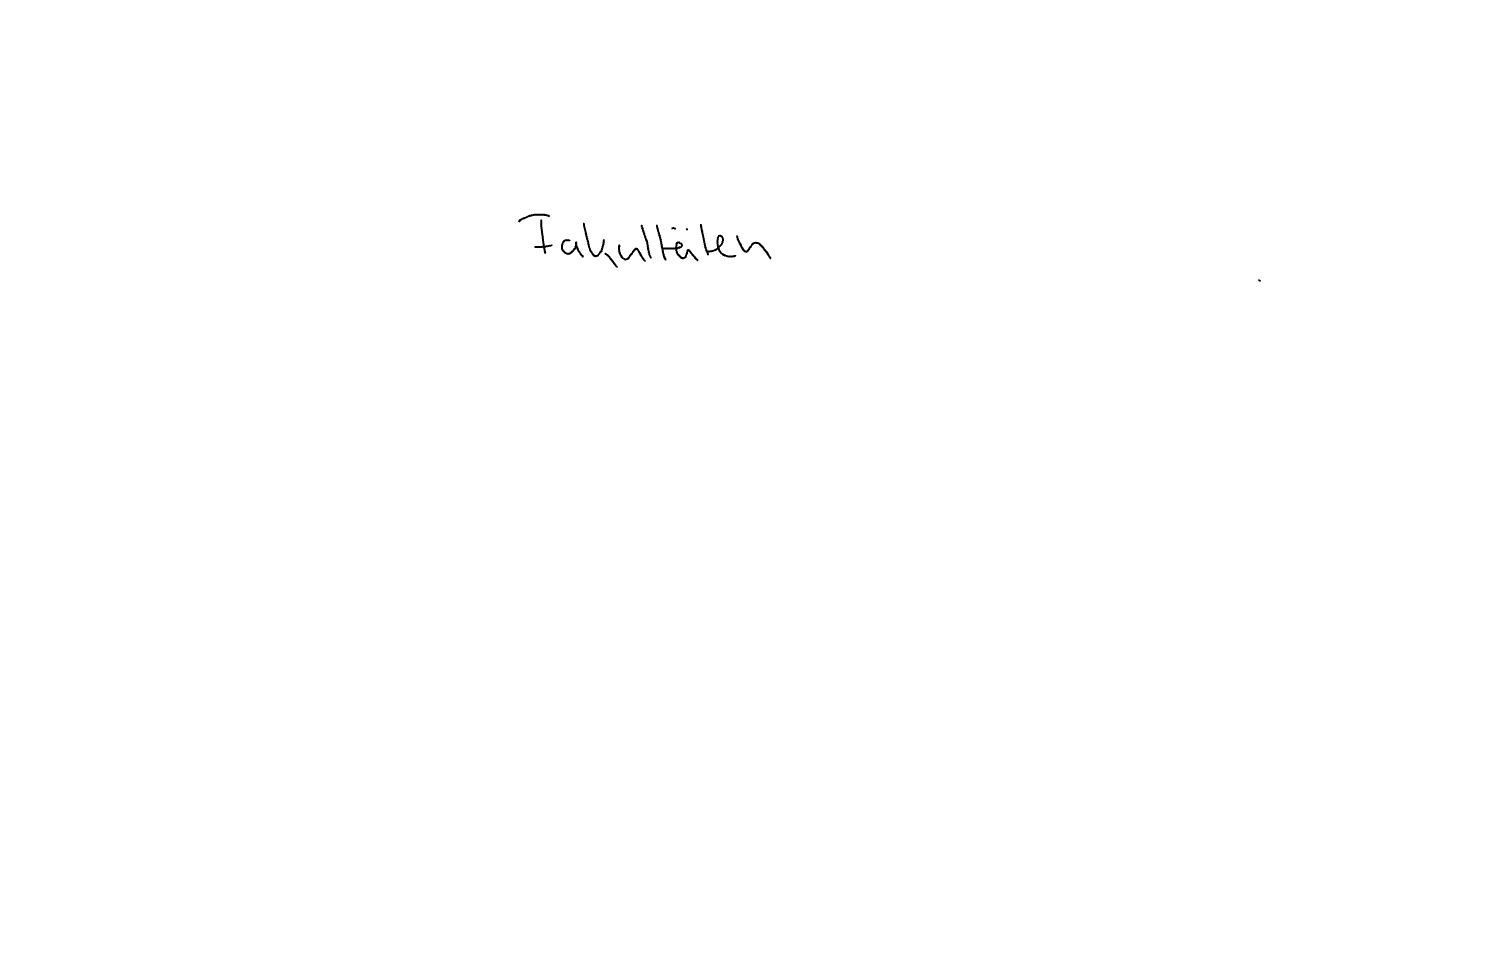
Text: Fakultäten